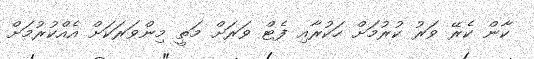
ކާން ކެރޭ ވަރު ކުރުމަށް ހަކުރާއި ފެޓް ވަރަށް މަތީ މިންވަރަކަށް އެއްކުރުމަށް